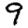
Digit: 9